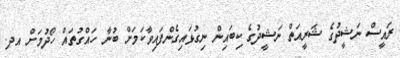
ރައީސް ނަޝީދުގެ ޝަރީއަތް ނަޝީދުގެ ކިބައިން ނިގުޅައިގެންފައިވާކަމަށް ބުނާ ހައްގުތައް ހޯދުމަށް އދ.